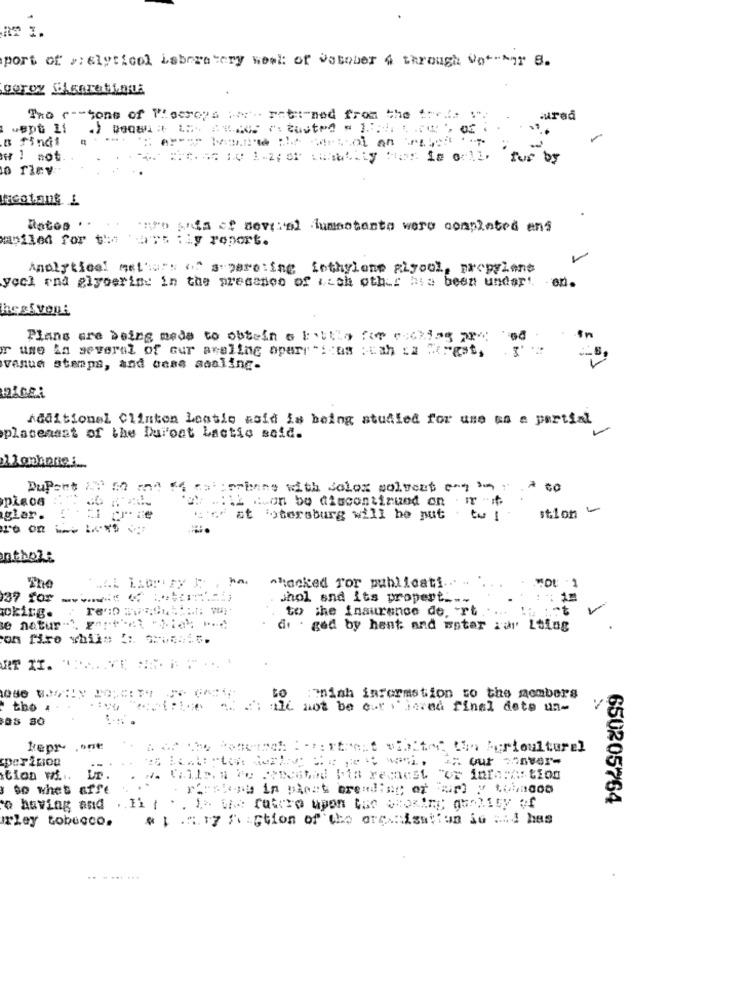
AT 1.
port of >: elyticol Laboratory week of vatober 4 through Vot-Mor S.
The r -- tone of Whoeseps Her. rett-ned from the the.
ured
w ! not
. : 10 1.2; or chantily For Is ofll.
for bs
o flev
tacotant L
caro sets of several lumestento were completed ans
abilen for the 'art :Ly roport.
Analytical melhorso" spero:ing Lothylone pigool, propylene
yocl rnd glycerine in the presence of with other his been under'. - en.
Plans are being meds to obtain o biblio for occhiag pry
er une in several of our areling aparr "itas :tah La forest,
venue stamps, and onse adsling-
Additional Clinton Leatle said is being studied for use as a partial
plasensat of the buioat Lactis said.
Dupont 2
Derinne with Solox solvent enq ' : > to
2 .on bo discontinued on . w -i
stion -
glar.
st lotersburg will be put tet
ro on
ntholt
The
Atacked ror publicati.
shol and its propert .--
okitg.
to the insurence de. ~ rt .
V
e natur
i. . ged by hent and water sur Loing
on fire while I :. : 05:15.
RT XI. " .... . VE =:
to
:aniah information to the members
tho 4
:: ali not be cor vierna final dete un-
88 80
lepr ont
"ch: : : rtrent visited the Agriculturel
"the derthe bu yout wani. an out conver-
tion wi ...
IT .
so what affe
650205764
o having and . . Fi ?
Zey tobucco.
@ | .. 17 Figtion of the ore :isation io :: 4 has
.. . ... ...